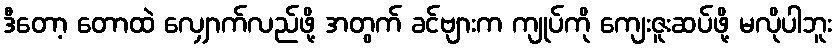
ဒီတော့ တောထဲ လျှောက်လည်ဖို့ အတွက် ခင်ဗျားက ကျုပ်ကို ကျေးဇူးဆပ်ဖို့ မလိုပါဘူး